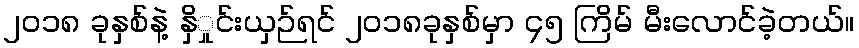
၂၀၁၈ ခုနှစ်နဲ့ နှိှုင်းယှဉ်ရင် ၂၀၁၈ခုနှစ်မှာ ၄၅ ကြိမ် မီးလောင်ခဲ့တယ်။